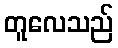
တူလေသည်